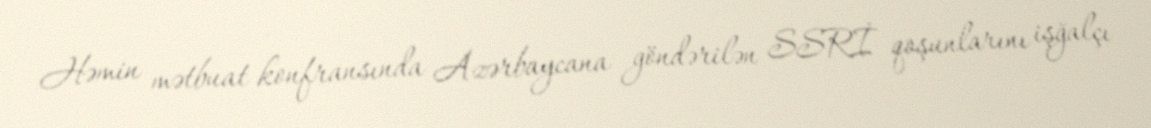
Həmin mətbuat konfransında Azərbaycana göndərilən SSRİ qoşunlarını işğalçı